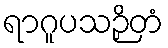
ရာဂူပသဉှိတံ